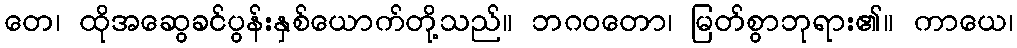
တေ၊ ထိုအဆွေခင်ပွန်းနှစ်ယောက်တို့သည်။ ဘဂဝတော၊ မြတ်စွာဘုရား၏။ ကာယေ၊